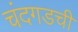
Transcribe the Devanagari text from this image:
चंदगडची